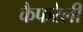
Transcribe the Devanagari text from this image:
कैफरेली